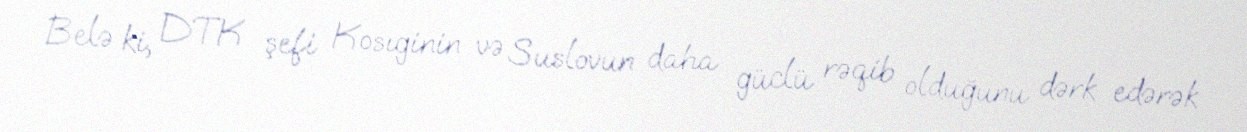
Belə ki, DTK şefi Kosıginin və Suslovun daha güclü rəqib olduğunu dərk edərək